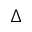
\Delta